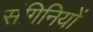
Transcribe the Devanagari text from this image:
संगिनियों